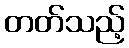
တတ်သည့်